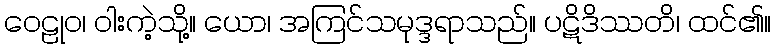
ဝေဠုဝ၊ ဝါးကဲ့သို့။ ယော၊ အကြင်သမုဒ္ဒရာသည်။ ပဋိဒိဿတိ၊ ထင်၏။